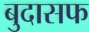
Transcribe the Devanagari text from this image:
बुदासफ